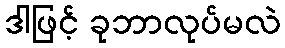
ဒါဖြင့် ခုဘာလုပ်မလဲ